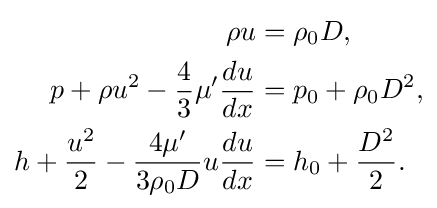
{\begin{aligned}\rho u&=\rho _{0}D,\\p+\rho u^{2}-{\frac {4}{3}}\mu '{\frac {du}{dx}}&=p_{0}+\rho _{0}D^{2},\\h+{\frac {u^{2}}{2}}-{\frac {4\mu '}{3\rho _{0}D}}u{\frac {du}{dx}}&=h_{0}+{\frac {D^{2}}{2}}.\end{aligned}}